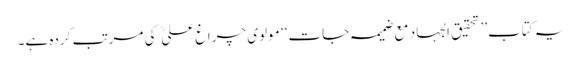
یہ کتاب’’ تحقیق الجہاد مع ضمیمہ جات ‘‘ مولوی چراغ علی  کی مرتب کردہ ہے۔